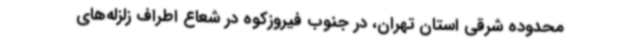
محدوده شرقی استان تهران، در جنوب فیروزکوه در شعاع اطراف زلزله‌های